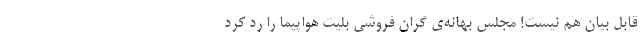
قابل بیان هم نیست! مجلس بهانه‌ی گران فروشی بلیت هواپیما را رد کرد